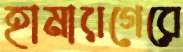
হামারগেরে